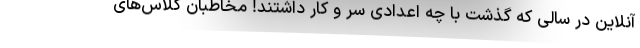
آنلاین در سالی که گذشت با چه اعدادی سر و کار داشتند! مخاطبان کلاس‌های